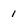
Character: 1